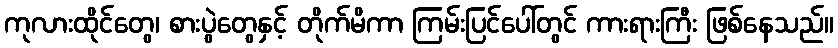
ကုလားထိုင်တွေ၊ စားပွဲတွေနှင့် တိုက်မိကာ ကြမ်းပြင်ပေါ်တွင် ကားရားကြီး ဖြစ်နေသည်။